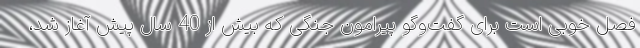
فصل خوبی است برای گفت‌وگو پیرامون جنگی که بیش از 40 سال پیش آغاز شد،